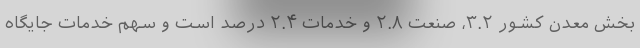
بخش معدن کشور ۳.۲، صنعت ۲.۸ و خدمات ۲.۴ درصد است و سهم خدمات جایگاه